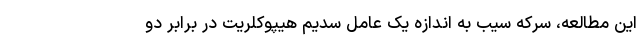
این مطالعه، سرکه سیب به اندازه یک عامل سدیم هیپوکلریت در برابر دو